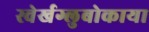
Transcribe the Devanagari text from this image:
स्वेर्खग्लुबोकाया